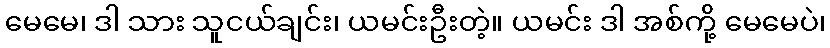
မေမေ၊ ဒါ သား သူငယ်ချင်း၊ ယမင်းဦးတဲ့။ ယမင်း ဒါ အစ်ကို့ မေမေပဲ၊